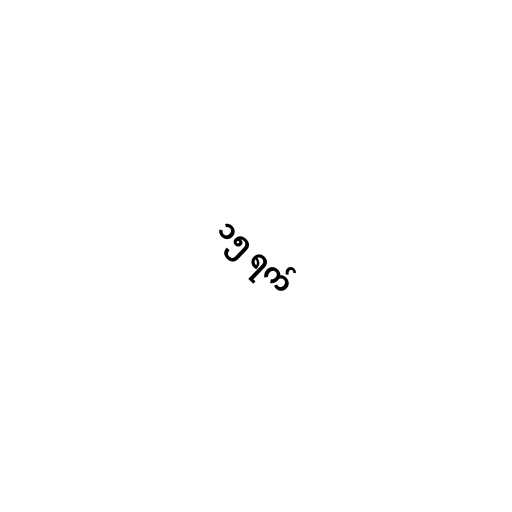
၁၅ ရက်